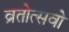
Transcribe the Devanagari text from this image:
व्रतोत्सवो